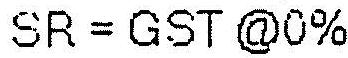
SR = GST @0%